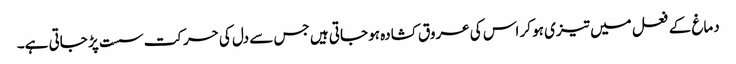
دماغ کے فعل میں تیزی ہو کر اس کی عروق کشادہ ہو جاتی ہیں جس سے دل کی حرکت سست پڑ جاتی ہے۔